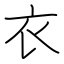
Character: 衣